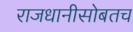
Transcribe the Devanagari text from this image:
राजधानीसोबतच